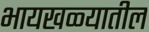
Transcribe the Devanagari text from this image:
भायखळ्यातील